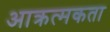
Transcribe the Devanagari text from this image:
आक्रत्मकता